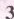
3